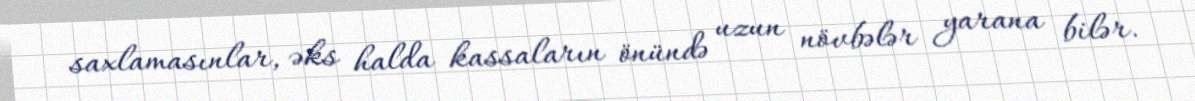
saxlamasınlar, əks halda kassaların önündə uzun növbələr yarana bilər.